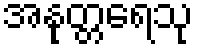
အနုတ္တရေသု